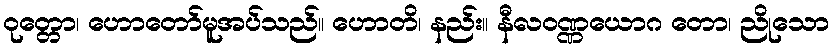
ဝုတ္တော၊ ဟောတော်မူအပ်သည်။ ဟောတိ၊ နည်း။ နီလဝဏ္ဏယောဂ တော၊ ညိုသော